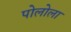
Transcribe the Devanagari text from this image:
पोलोला